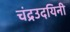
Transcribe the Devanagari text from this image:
चंद्रउदयिनी